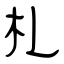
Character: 札